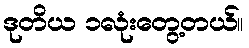
ဒုတိယ ၁လုံးတွေ့တယ်။